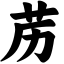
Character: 苈